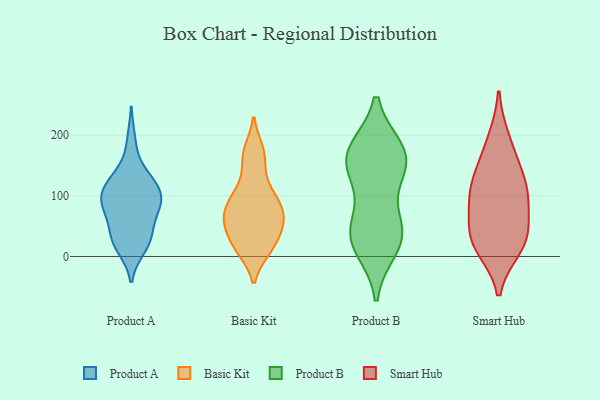
{"axis": {"x": "Latency (ms)", "y": "Value"}, "legend": ["Basic Kit", "Product A", "Product B", "Smart Hub"], "data": [{"x": "", "y": 190, "type": "Product A"}, {"x": "", "y": 25, "type": "Product A"}, {"x": "", "y": 126, "type": "Product A"}, {"x": "", "y": 94, "type": "Product A"}, {"x": "", "y": 67, "type": "Product A"}, {"x": "", "y": 133, "type": "Product A"}, {"x": "", "y": 22, "type": "Product A"}, {"x": "", "y": 35, "type": "Product A"}, {"x": "", "y": 100, "type": "Product A"}, {"x": "", "y": 92, "type": "Product A"}, {"x": "", "y": 79, "type": "Product A"}, {"x": "", "y": 36, "type": "Product A"}, {"x": "", "y": 15, "type": "Product A"}, {"x": "", "y": 129, "type": "Product A"}, {"x": "", "y": 79, "type": "Product A"}, {"x": "", "y": 103, "type": "Product A"}, {"x": "", "y": 104, "type": "Product A"}, {"x": "", "y": 98, "type": "Basic Kit"}, {"x": "", "y": 175, "type": "Basic Kit"}, {"x": "", "y": 11, "type": "Basic Kit"}, {"x": "", "y": 171, "type": "Basic Kit"}, {"x": "", "y": 145, "type": "Basic Kit"}, {"x": "", "y": 12, "type": "Basic Kit"}, {"x": "", "y": 57, "type": "Basic Kit"}, {"x": "", "y": 109, "type": "Basic Kit"}, {"x": "", "y": 70, "type": "Basic Kit"}, {"x": "", "y": 53, "type": "Basic Kit"}, {"x": "", "y": 92, "type": "Basic Kit"}, {"x": "", "y": 13, "type": "Basic Kit"}, {"x": "", "y": 87, "type": "Basic Kit"}, {"x": "", "y": 63, "type": "Basic Kit"}, {"x": "", "y": 52, "type": "Basic Kit"}, {"x": "", "y": 35, "type": "Basic Kit"}, {"x": "", "y": 41, "type": "Product B"}, {"x": "", "y": 157, "type": "Product B"}, {"x": "", "y": 30, "type": "Product B"}, {"x": "", "y": 175, "type": "Product B"}, {"x": "", "y": 149, "type": "Product B"}, {"x": "", "y": 132, "type": "Product B"}, {"x": "", "y": 173, "type": "Product B"}, {"x": "", "y": 15, "type": "Product B"}, {"x": "", "y": 37, "type": "Product B"}, {"x": "", "y": 170, "type": "Product B"}, {"x": "", "y": 51, "type": "Product B"}, {"x": "", "y": 36, "type": "Smart Hub"}, {"x": "", "y": 116, "type": "Smart Hub"}, {"x": "", "y": 117, "type": "Smart Hub"}, {"x": "", "y": 156, "type": "Smart Hub"}, {"x": "", "y": 87, "type": "Smart Hub"}, {"x": "", "y": 192, "type": "Smart Hub"}, {"x": "", "y": 29, "type": "Smart Hub"}, {"x": "", "y": 16, "type": "Smart Hub"}, {"x": "", "y": 94, "type": "Smart Hub"}, {"x": "", "y": 28, "type": "Smart Hub"}]}